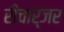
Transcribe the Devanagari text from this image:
रीचार्जर